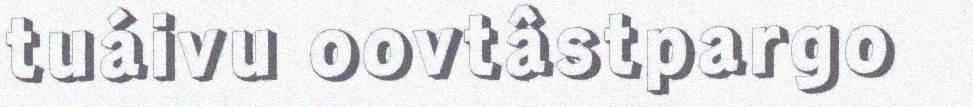
tuáivu oovtâstpargo